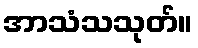
အာသံသသုတ်။